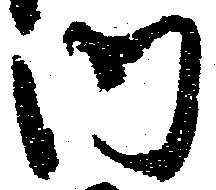
内